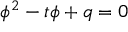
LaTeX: \phi ^ { 2 } - t \phi + q = 0